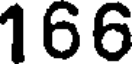
166